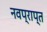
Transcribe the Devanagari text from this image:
नवप्राप्त